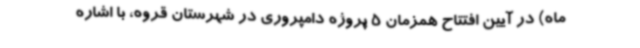
ماه) در آیین افتتاح همزمان 5 پروژه دامپروری در شهرستان قروه، با اشاره